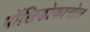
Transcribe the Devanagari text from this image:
पॉलिडोकानोल